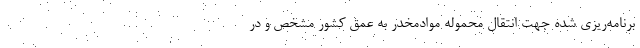
برنامه‌ریزی شده جهت انتقال محموله موادمخدر به عمق کشور مشخص و در